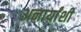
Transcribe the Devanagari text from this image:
अनार्यांशी